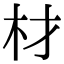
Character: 材